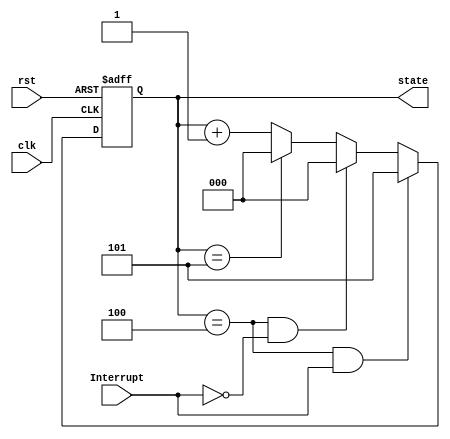
`timescale 1ns / 1ps
//////////////////////////////////////////////////////////////////////////////////
// Company: 
// Engineer: 
// 
// Design Name: 
// Module Name: State_Machine
// Project Name: 
// Target Devices: 
// Tool Versions: 
// Description: 
// 
// Dependencies: 
// 
// Revision:
// Revision 0.01 - File Created
// Additional Comments:
// 
//////////////////////////////////////////////////////////////////////////////////


module State_Machine(
    input clk,rst,Interrupt,
    output reg [2:0]state
    );
    
    always @ (posedge clk or posedge rst)
    begin
        if (rst)
            state<=3'b000;
        else
        begin
            if(state == 3'b100 && Interrupt)
                state<=3'b101;
            else if (state == 3'b100 && ~Interrupt)
                state<=3'b000;
            else if (state ==3'b101)
                state<=3'b000;
            else
                state<=state+1;
        end
    end
    
endmodule